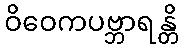
ဝိဝေကပဗ္ဘာရန္တိ